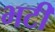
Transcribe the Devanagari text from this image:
भटी